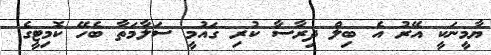
ޔާމީނަކީ އޭރު އެ ބިލް ދިރާސާ ކުރި ގައުމީ ސަލާމަތާ ބެހޭ ކޮމިޓީގެ